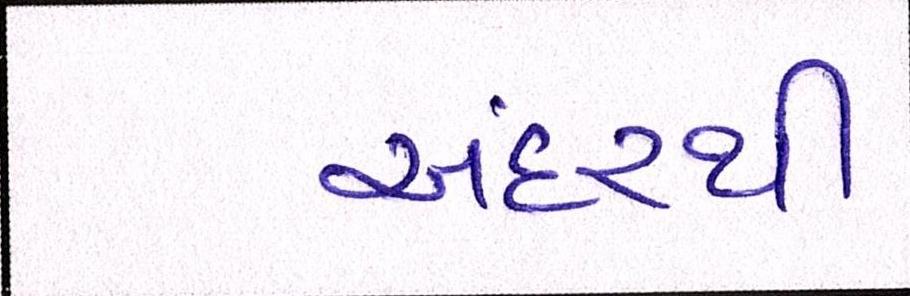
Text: અંદરથી